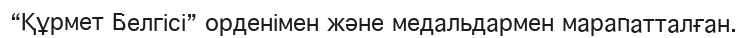
“Құрмет Белгісі” орденімен және медальдармен марапатталған.